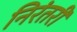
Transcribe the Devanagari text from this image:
निरंतरीं